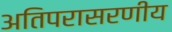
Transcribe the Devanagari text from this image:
अतिपरासरणीय